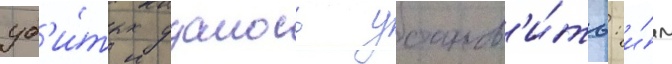
уб'и́тых удалось установ'и́ть: и́м